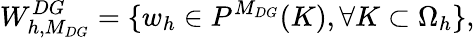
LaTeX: W_{h,M_{DG}}^{DG}=\{ w_{h}\in P^{M_{DG}}(K),\forall K\subset\Omega_{h}\} ,